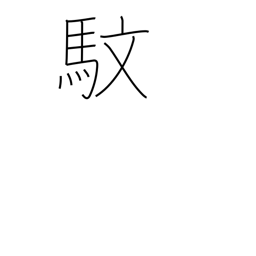
Meaning: zebra with yellow eyes and red mane